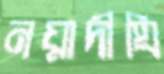
নয়াদীঘি